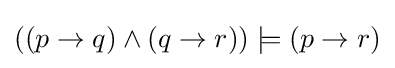
((p\to q)\land (q\to r))\models (p\to r)